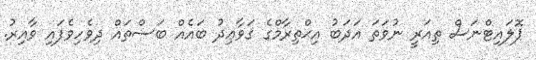
ޕޮލައިޓްނަސް ތިއަރީ ނުވަތަ އަދަބު އިޙްތިރާމްގެ ޤަވާޢިދު ބައެއް ބަސްތައް ދިވެހިވެފައި ވާއިރު.